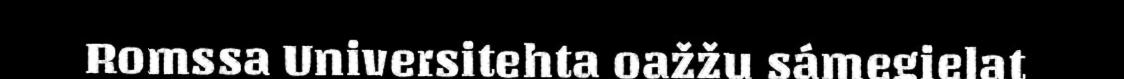
Romssa Universitehta oažžu sámegielat